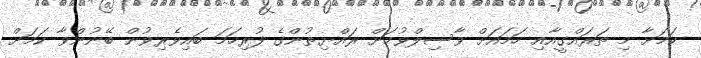
ކަމަށާ މި ތަރައްގީއާއި ހަމައަށް ވާސިލްވުމަށް ރައްޔިތުންގެ ފުރިހަމަ ބައިވެރިވުން ބޭނުންވާ ކަމަށް